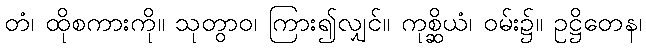
တံ၊ ထိုစကားကို။ သုတွာဝ၊ ကြား၍လျှင်။ ကုစ္ဆိယံ၊ ဝမ်း၌။ ဥဋ္ဌိတေန၊